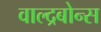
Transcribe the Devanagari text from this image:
वाल्द्रबोन्स